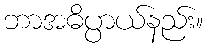
ဘာအဓိပ္ပာယ်နည်း။